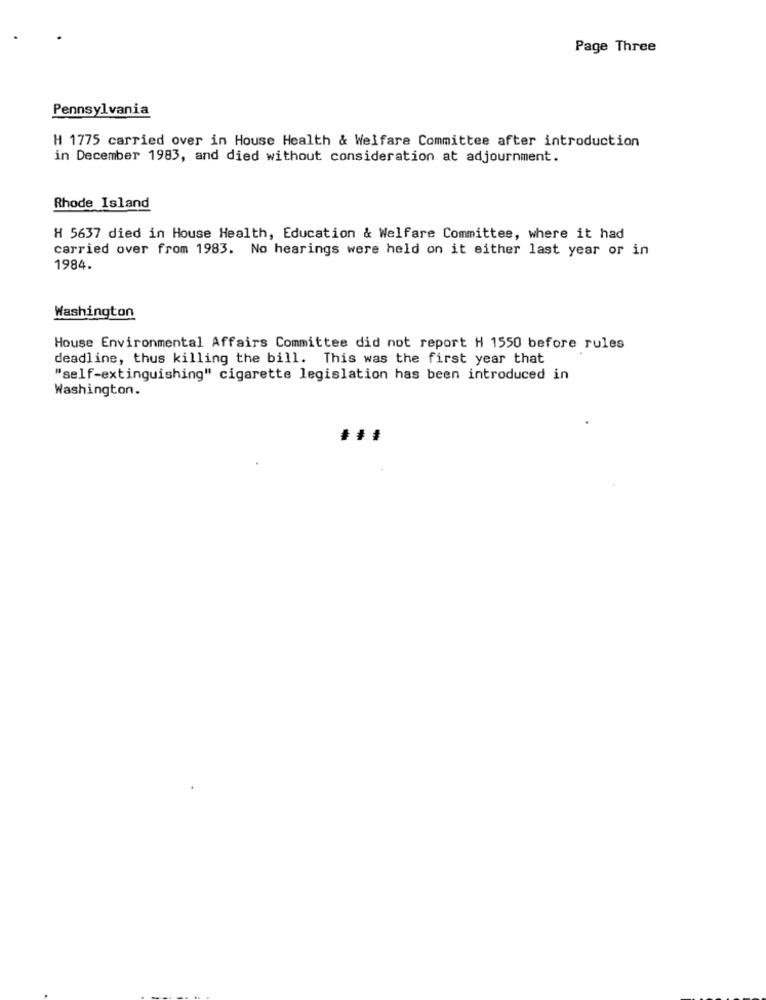
Page Three
Pennsylvania
H 1775 carried over in House Health & Welfare Committee after introduction
in December 1983, and died without consideration at adjournment.
Rhode Island
H 5637 died in House Health, Education & Welfare Committee, where it had
carried over from 1983. No hearings were held on it either last year or in
1984.
Washington
House Environmental Affairs Committee did not report H 1550 before rules
deadline, thus killing the bill. This was the first year that
"self-extinguishing" cigarette legislation has been introduced in
Washington.